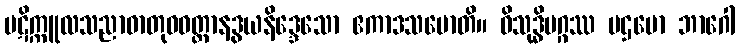
ပဋိက္ကူလသညာဓာတုဝဝတ္ထာနဒွယနိဒ္ဒေသော ဧကာဒသမောတိ။ ဝိသုဒ္ဓိမဂ္ဂဿ ပဌမော ဘာဂေါ